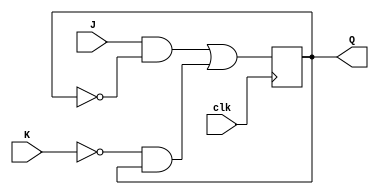
module JK_usingD(J, K, clk, Q);
input J, K, clk;
output reg Q;

always@(posedge clk)
Q<=(J&(~Q))|((~K)&Q);

endmodule